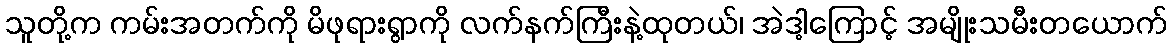
သူတို့က ကမ်းအတက်ကို မိဖုရားရွာကို လက်နက်ကြီးနဲ့ထုတယ်၊ အဲဒါ့ကြောင့် အမျိုးသမီးတယောက်